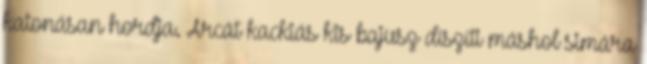
katonásan hordja. Arcát kackiás kis bajusz díszíti máshol simára